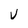
Character: V